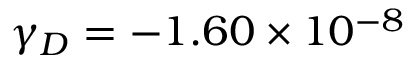
\ensuremath { \gamma } _ { D } = - 1 . 6 0 \times 1 0 ^ { - 8 }